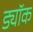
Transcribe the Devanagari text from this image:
ड्यॉक